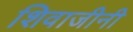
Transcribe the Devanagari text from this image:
शिवाजीनी